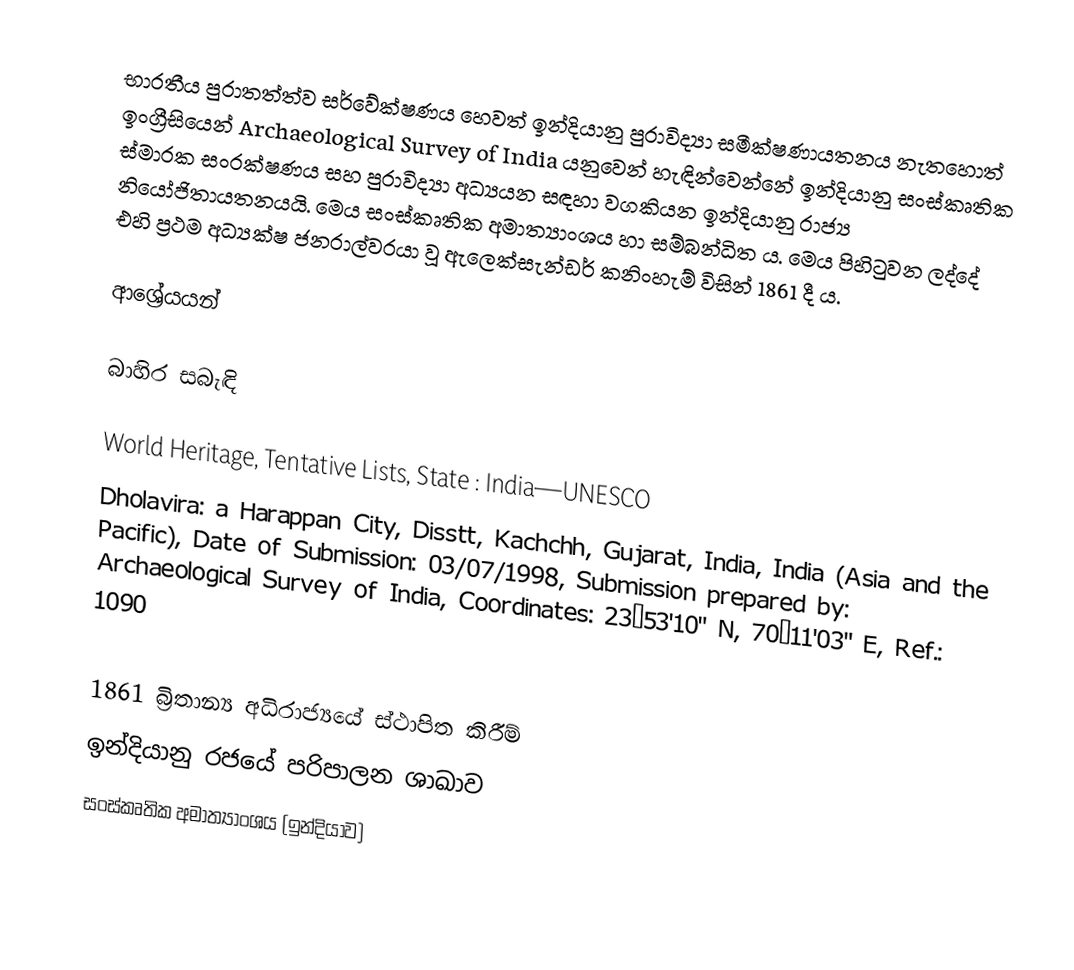
භාරතීය පුරාතත්ත්ව සර්වේක්ෂණය හෙවත් ඉන්දියානු පුරාවිද්‍යා සමීක්ෂණායතනය නැතහොත් ඉංග්‍රීසියෙන් Archaeological Survey of India යනුවෙන් හැඳින්වෙන්නේ ඉන්දියානු සංස්කෘතික ස්මාරක සංරක්ෂණය සහ පුරාවිද්‍යා අධ්‍යයන සඳහා වගකියන ඉන්දියානු රාජ්‍ය නියෝජිතායතනයයි. මෙය සංස්කෘතික අමාත්‍යාංශය හා සම්බන්ධිත ය. මෙය පිහිටුවන ලද්දේ එහි ප්‍රථම අධ්‍යක්ෂ ජනරාල්වරයා වූ ඇලෙක්සැන්ඩර් කනිංහැම් විසින් 1861 දී ය.

ආශ්‍රේයයන්

බාහිර සබැඳි

 World Heritage, Tentative Lists, State : India—UNESCO
 Dholavira: a Harappan City, Disstt, Kachchh, Gujarat, India, India (Asia and the Pacific), Date of Submission: 03/07/1998, Submission prepared by: Archaeological Survey of India, Coordinates: 23°53'10" N, 70°11'03" E, Ref.: 1090

1861 බ්‍රිතාන්‍ය අධිරාජ්‍යයේ ස්ථාපිත කිරීම්
ඉන්දියානු රජයේ පරිපාලන ශාඛාව
සංස්කෘතික අමාත්‍යාංශය (ඉන්දියාව)